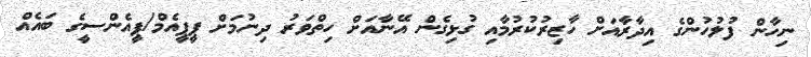
ނިހާން ފުލުހުންގެ އިދާރާއަށް ހާޒިރުކުރުމާއި ގުޅިގެން އޭނާއަށް ހިތްވަރު ދިނުމަށް ޕީޕީއެމް/ޕީއެންސީގެ ބައެއް